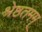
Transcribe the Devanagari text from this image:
श्रेष्ठतमम्